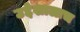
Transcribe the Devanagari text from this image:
उद्देशालाच